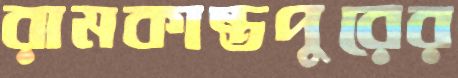
রামকান্তপুরের